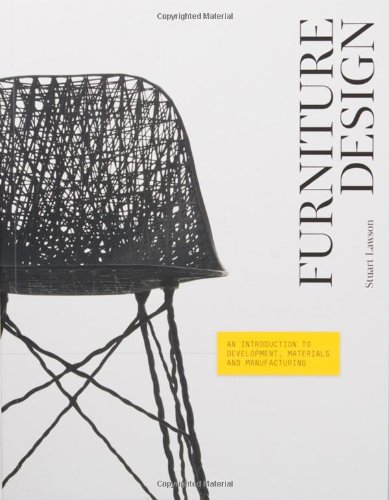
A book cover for Furniture Design: An Introduction to Development, Materials and Manufacturing; Stuart Lawson; Arts & Photography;